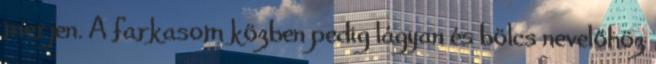
merjen. A farkasom közben pedig lágyan és bölcs nevelőhöz